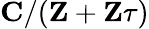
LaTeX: \mathbf{C}/(\mathbf{Z}+\mathbf{Z}\tau)